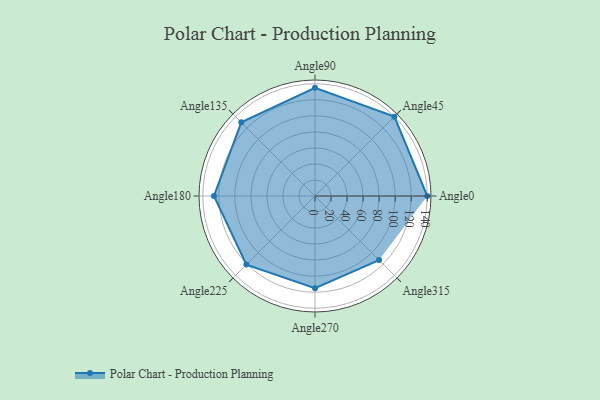
{"axis": {"x": "Angle", "y": "Radius"}, "legend": [""], "data": [{"x": "Angle0", "y": 140.0, "type": ""}, {"x": "Angle45", "y": 140.0, "type": ""}, {"x": "Angle90", "y": 135.0, "type": ""}, {"x": "Angle135", "y": 130.0, "type": ""}, {"x": "Angle180", "y": 126.0, "type": ""}, {"x": "Angle225", "y": 121.0, "type": ""}, {"x": "Angle270", "y": 115.0, "type": ""}, {"x": "Angle315", "y": 113.0, "type": ""}]}